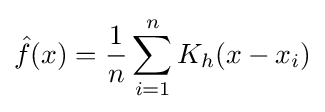
{\hat {f}}(x)={\frac {1}{n}}\sum _{i=1}^{n}K_{h}(x-x_{i})